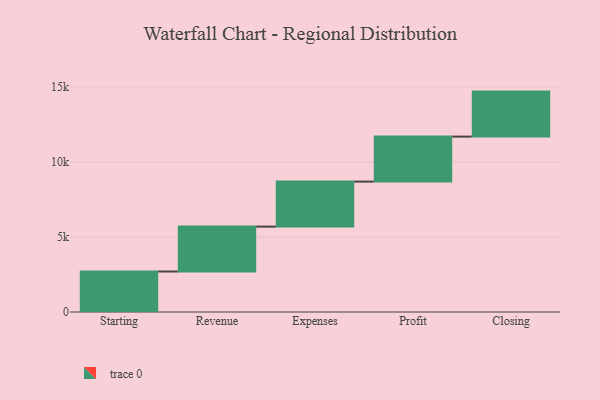
{"axis": {"x": "Step", "y": "Value"}, "legend": [""], "data": [{"x": "Starting", "y": 2700.0, "type": ""}, {"x": "Revenue", "y": 2992.0, "type": ""}, {"x": "Expenses", "y": 3000, "type": ""}, {"x": "Profit", "y": 3000, "type": ""}, {"x": "Closing", "y": 3000, "type": ""}]}